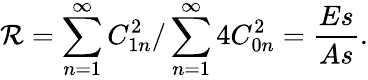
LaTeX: {\mathcal R}=\sum_{n=1}^{\infty}C_{1n}^{2}/\sum_{n=1}^{\infty}4C_{0n}^{2}=\frac{Es}{As}.